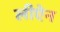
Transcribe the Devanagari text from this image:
लीऐन